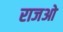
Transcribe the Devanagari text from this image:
राजओ